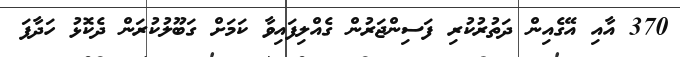
370 އާއި އޭގެއިން ދަތުރުކުރި ފަސިންޖަރުން ގެއްލިފައިވާ ކަމަށް ގަބޫލުކުރަން ދެކޮޅު ހަދާފަ